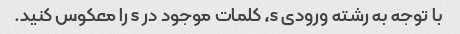
با توجه به رشته ورودی s، کلمات موجود در s را معکوس کنید.